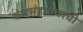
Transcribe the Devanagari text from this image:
वंशसंहारावरची